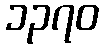
၁၃၇၀